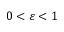
0 < \varepsilon < 1